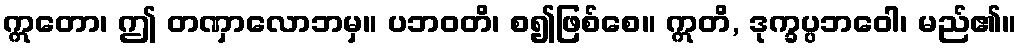
ဣတော၊ ဤ တဏှာလောဘမှ။ ပဘဝတိ၊ စ၍ဖြစ်စေ။ ဣတိ, ဒုက္ခပ္ပဘဝေါ၊ မည်၏။